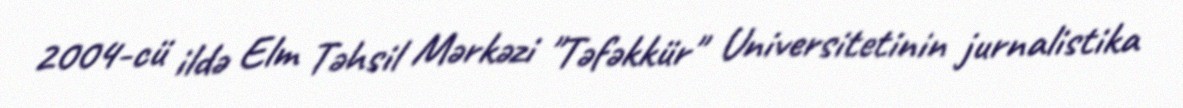
2004-cü ildə Elm Təhsil Mərkəzi "Təfəkkür" Universitetinin jurnalistika